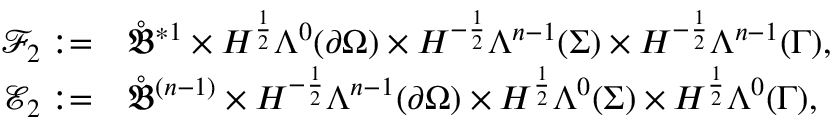
\begin{array} { r l } { \mathcal { F } _ { 2 } : = } & { { } \mathring { \mathfrak { B } } ^ { \ast 1 } \times H ^ { \frac { 1 } { 2 } } \Lambda ^ { 0 } ( \partial \Omega ) \times H ^ { - \frac { 1 } { 2 } } \Lambda ^ { n - 1 } ( \Sigma ) \times H ^ { - \frac { 1 } { 2 } } \Lambda ^ { n - 1 } ( \Gamma ) , } \\ { \mathcal { E } _ { 2 } : = } & { { } \mathring { \mathfrak { B } } ^ { ( n - 1 ) } \times H ^ { - \frac { 1 } { 2 } } \Lambda ^ { n - 1 } ( \partial \Omega ) \times H ^ { \frac { 1 } { 2 } } \Lambda ^ { 0 } ( \Sigma ) \times H ^ { \frac { 1 } { 2 } } \Lambda ^ { 0 } ( \Gamma ) , } \end{array}